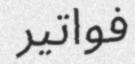
فواتير